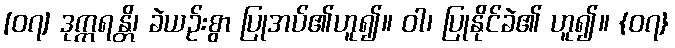
[၀၇] ဒုက္ကရန္တိ၊ ခဲယဉ်းစွာ ပြုအပ်၏ဟူ၍။ ဝါ၊ ပြုနိုင်ခဲ၏ ဟူ၍။ {၀၇}